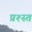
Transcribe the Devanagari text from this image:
प्रश्स्त